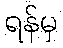
ရန်မှ